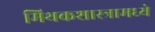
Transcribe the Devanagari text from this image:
मिथकशास्त्रामध्ये